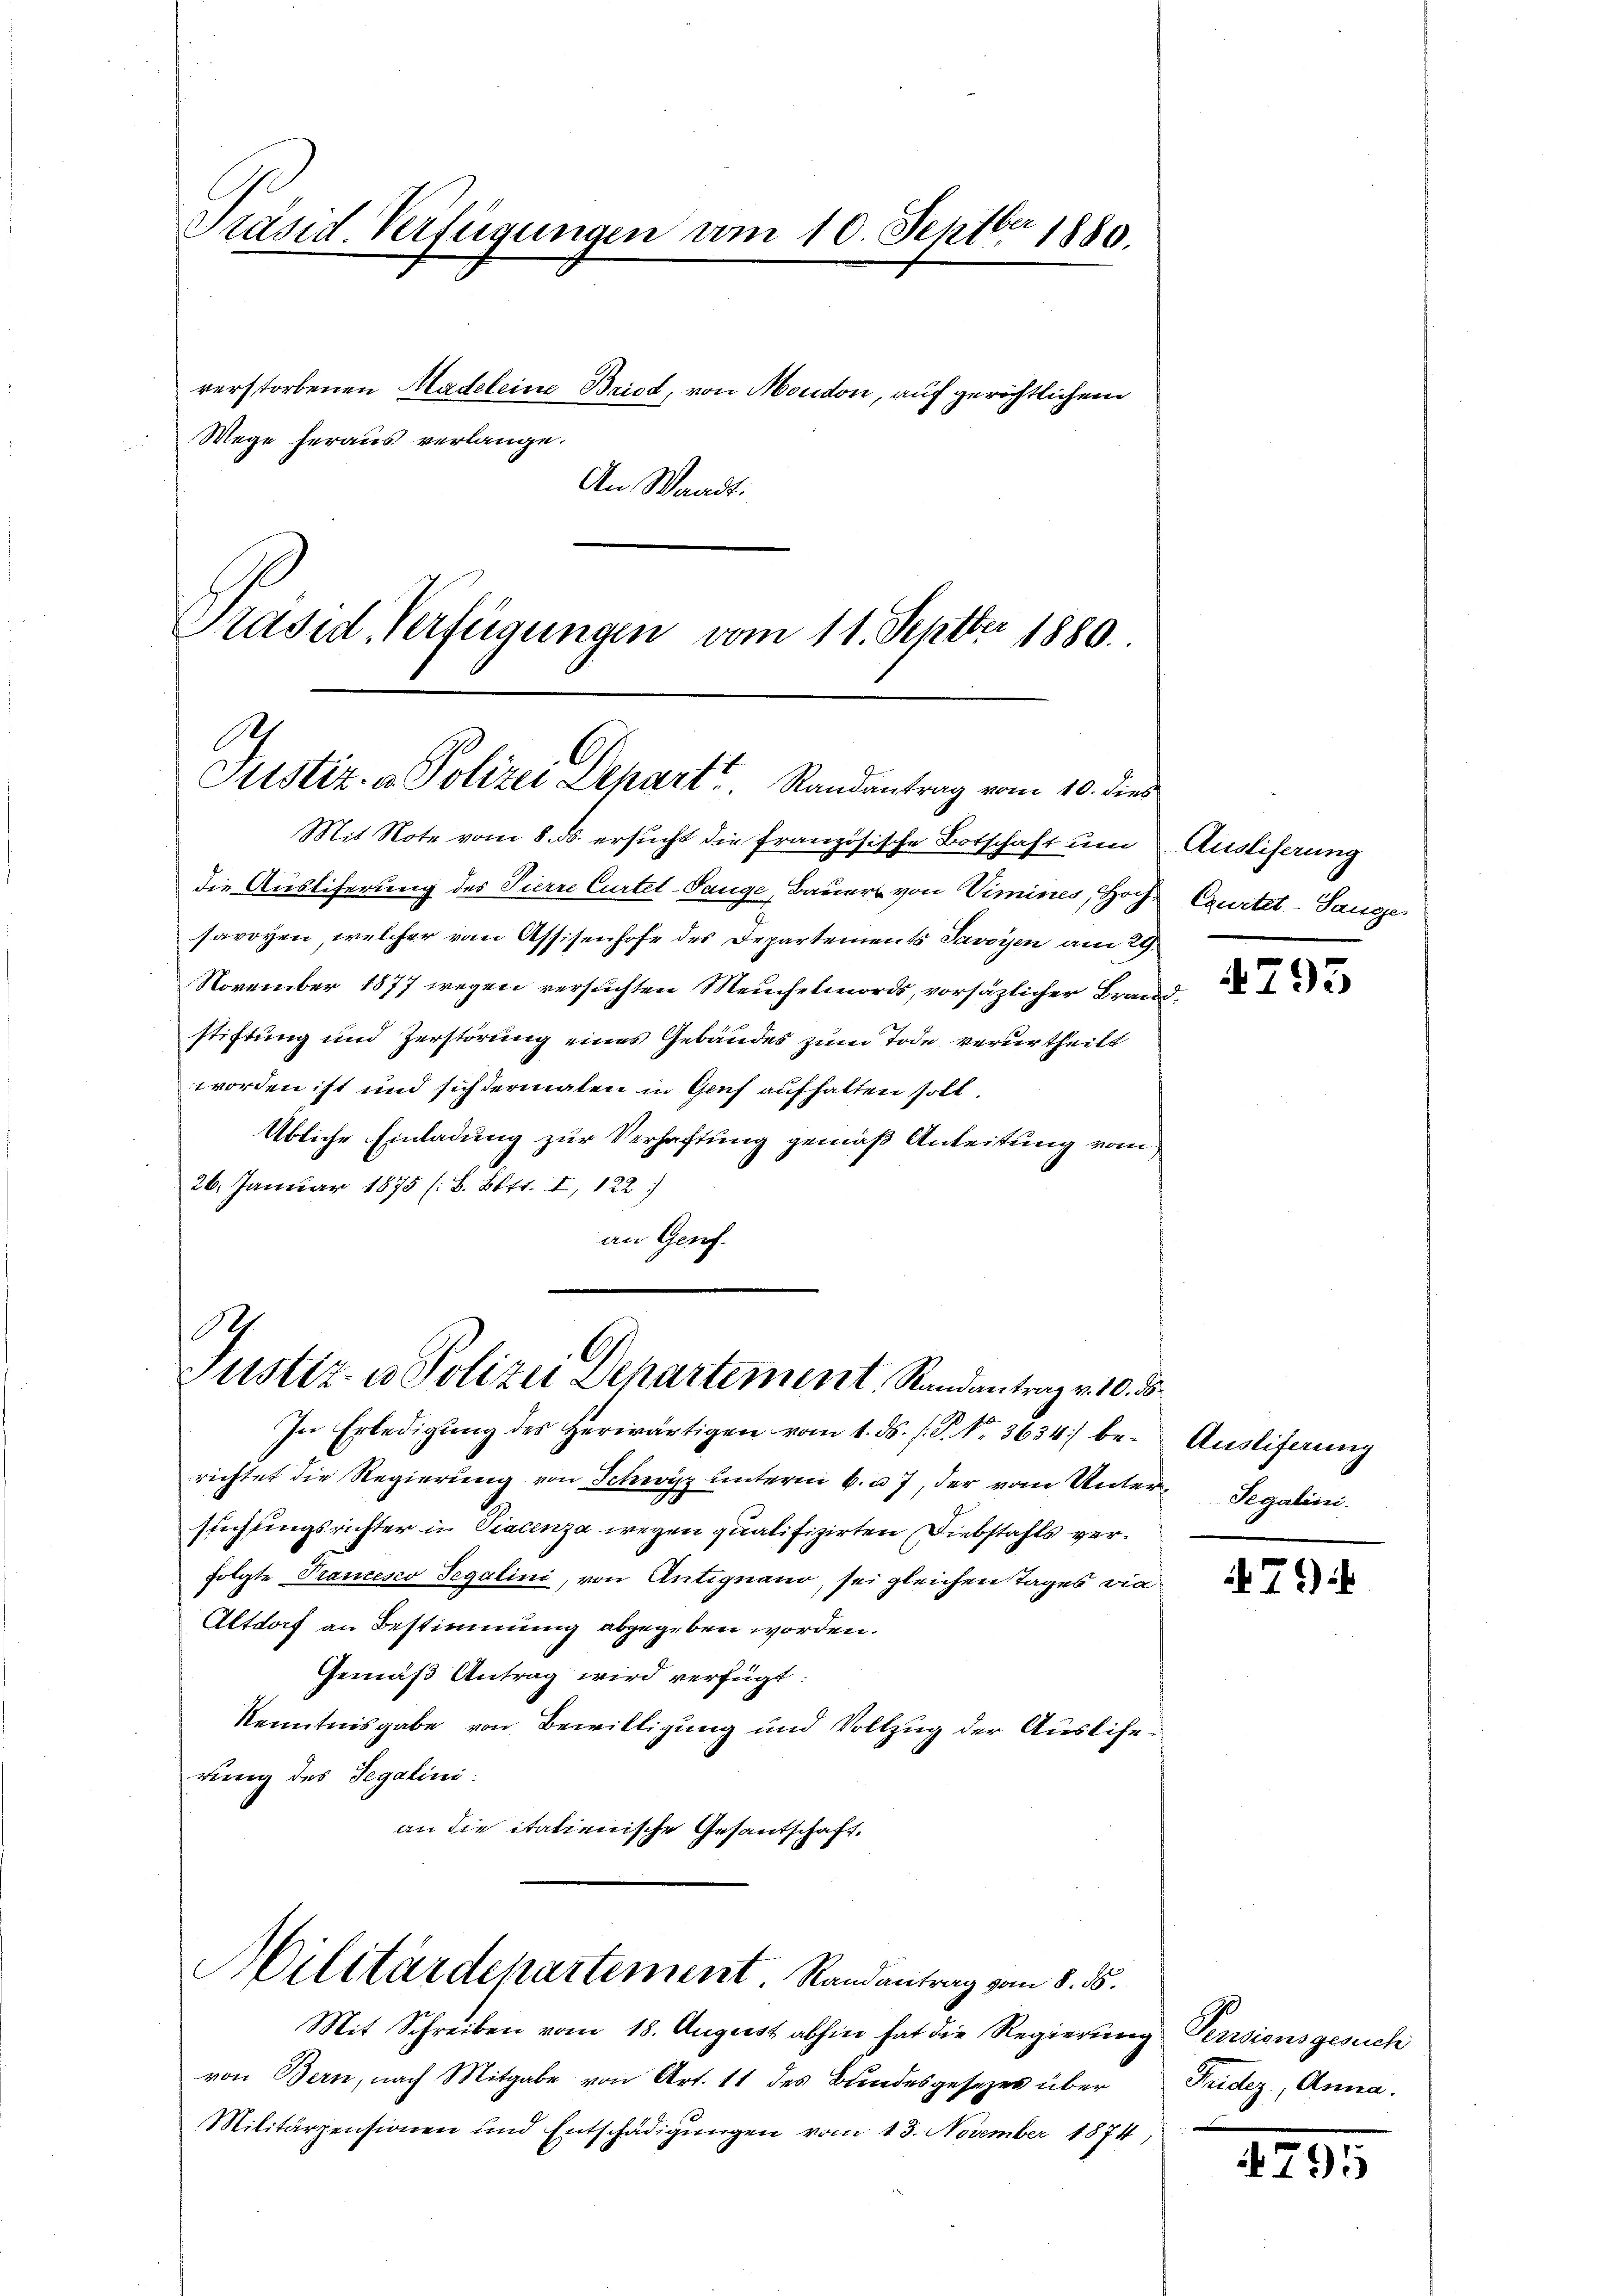
Präsid. Verfügungen vom 10. Septber 1880.

verstorbenen Madeleine Bried, von Moudon, auf gerichtlichem
Wege heraus verlange.
An Waadt:
Präsid-Verfügungen vom 11. Septber 1880.

Mit Note vom 8. ds. ersucht die französische Botschaft um Ausliserung
die Ausliferung des Pierre Curtet-Tange, Bauer von Vimines, Hoch Gurtel-Sange
savoyen, welcher von Assisenhofe des Departements Savoyen am 29.
November 1877 wegen versuchten Meuchelmords, vorsätzlicher Brandstiftung und Zerstörung eines Gebäudes zum Tode verurtheilt
worden ist und sich dermalen in Genf aufhalten soll.
Übliche Einladung zur Verhaftung gemäß Anleitung vom
26. Januar 1875 (B. Bett. I, 122)
an Genf.

A
Justiz- & Polizei Depart Randantrag vom 10. dies

S
Justiz- u Polizei Departement, Randantrag v. 10. d

Militärdepartement. Randantrag vom 8. ds.

In Erledigŭng des herwärtigen vom 1. ds. f. P. Nr. 3634) be-
richtet die Regierŭng von Schwyz unterm 6. u. 7, der vom Unter-Segalini
suchungsrichter in Viacenza wegen qualifizirten Diebstahls verfolgte Trancesco Segalini, von Antignano, sei gleichen Tages vie
Altdorf an Bestimmung abgegeben worden.
Gemäß Antrag wird verfügt:
Kenntnisgabe von Bewilligung und Vollzug der Auslierung des Segalini:
an die italienische Gesantschaft.

Mit Schreiben vom 18. August abhin hat die Regierung
von Bern, nach Mitgabe von Art. 11 des Bundesgesezes über
Militärpensionen und Entschädigungen vom 13. November 1874

4795

Ausliferung

79)

Perisionsgesuch
Tridez, Anna.

795